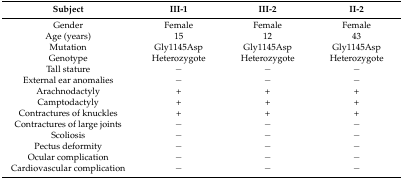
<table><thead><tr><td><b>Subject</b></td><td><b>III-1</b></td><td><b>III-2</b></td><td><b>II-2</b></td></tr></thead><tbody><tr><td>Gender</td><td>Female</td><td>Female</td><td>Female</td></tr><tr><td>Age (years)</td><td>15</td><td>12</td><td>43</td></tr><tr><td>Mutation</td><td>Gly1145Asp</td><td>Gly1145Asp</td><td>Gly1145Asp</td></tr><tr><td>Genotype</td><td>Heterozygote</td><td>Heterozygote</td><td>Heterozygote</td></tr><tr><td>Tall stature</td><td>−</td><td>−</td><td>−</td></tr><tr><td>External ear anomalies</td><td>−</td><td>−</td><td>−</td></tr><tr><td>Arachnodactyly</td><td>+</td><td>+</td><td>+</td></tr><tr><td>Camptodactyly</td><td>+</td><td>+</td><td>+</td></tr><tr><td>Contractures of knuckles</td><td>+</td><td>+</td><td>+</td></tr><tr><td>Contractures of large joints</td><td>−</td><td>−</td><td>−</td></tr><tr><td>Scoliosis</td><td>−</td><td>−</td><td>−</td></tr><tr><td>Pectus deformity</td><td>−</td><td>−</td><td>−</td></tr><tr><td>Ocular complication</td><td>−</td><td>−</td><td>−</td></tr><tr><td>Cardiovascular complication</td><td>−</td><td>−</td><td>−</td></tr></tbody></table>